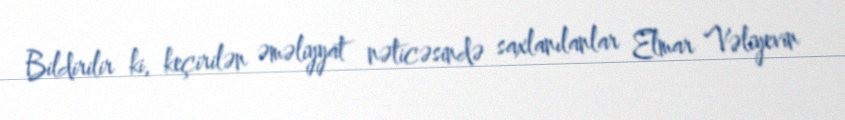
Bildirilir ki, keçirilən əməliyyat nəticəsində saxlanılanlar Elmar Vəliyevin